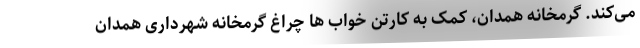
می‌کند. گرمخانه همدان، کمک به کارتن خواب ها چراغ گرمخانه شهرداری همدان